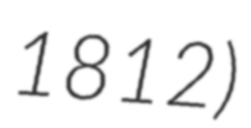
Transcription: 1812)